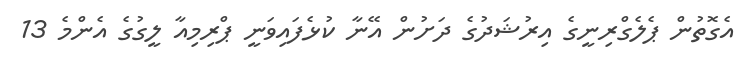
އެގޮތުން ޕެލެގްރިނީގެ އިރުޝަދުގެ ދަށުން އޭނާ ކުޅެފައިވަނީ ޕްރިމިއާ ލީގުގެ އެންމެ 13